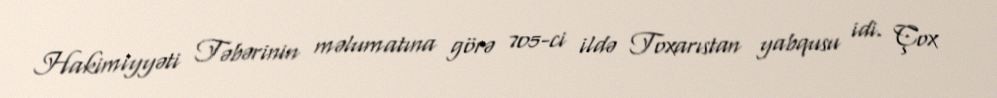
Hakimiyyəti Təbərinin məlumatına görə 705-ci ildə Toxarıstan yabqusu idi. Çox